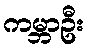
ကမ္ဘာဦး